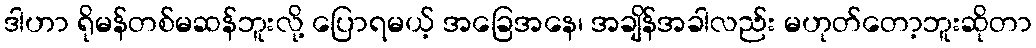
ဒါဟာ ရိုမန်တစ်မဆန်ဘူးလို့ ပြောရမယ့် အခြေအနေ၊ အချိန်အခါလည်း မဟုတ်တော့ဘူးဆိုတာ